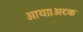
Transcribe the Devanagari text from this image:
आया।अटक